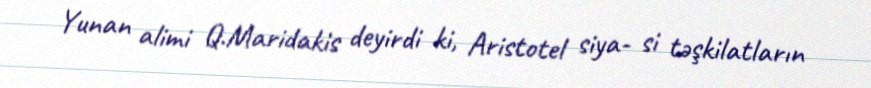
Yunan alimi Q.Maridakis deyirdi ki, Aristotel siya- si təşkilatların